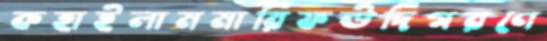
কহাইলামমারিফউদিগরণে